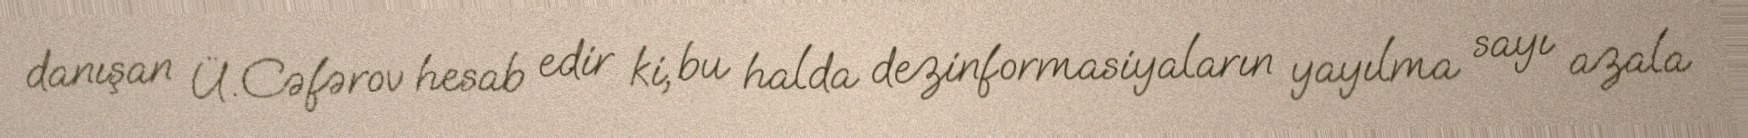
danışan Ü.Cəfərov hesab edir ki, bu halda dezinformasiyaların yayılma sayı azala